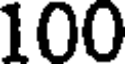
100